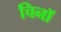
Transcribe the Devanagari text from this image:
चिनॉ